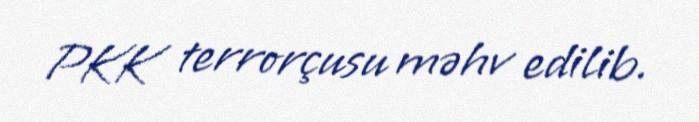
PKK terrorçusu məhv edilib.